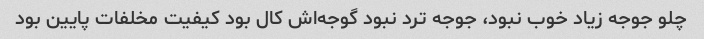
چلو جوجه زیاد خوب نبود، جوجه ترد نبود گوجه‌اش کال بود کیفیت مخلفات پایین بود